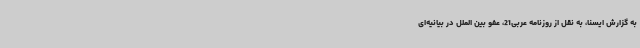
به گزارش ایسنا، به نقل از روزنامه عربی21، عفو بین الملل در بیانیه‌ای